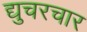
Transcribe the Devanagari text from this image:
द्युचरचार